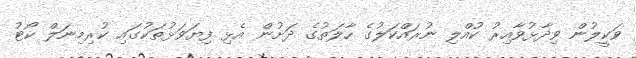
ވަކީލުން ވިދާޅުވާއިރު ކުއްލި ނުރައްކަލުގެ ހާލަތުގެ ދަށުން އެޅި ފިޔަވަޅުތަކުގައި ކުރިމިނަލް ކޯޓު